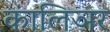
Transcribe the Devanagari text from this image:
कालिञर